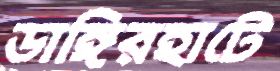
ডাঙ্গিরহাটে